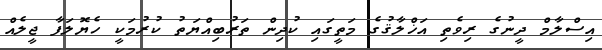
އިސްލާމް ދީނުގެ ރިވެތި އަޚްލާޤުގެ މަތީގައި ކުދިން ތަރުބިއްޔަތު ކުރުމަކީ ހެޔޮލަފާ ޖީލެއް